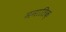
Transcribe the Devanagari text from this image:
मनातिक़